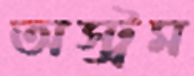
অস্ট্রম